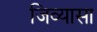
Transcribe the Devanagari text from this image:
जिव्यासा